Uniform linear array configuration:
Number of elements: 4
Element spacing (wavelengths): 0.75
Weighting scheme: kaiser
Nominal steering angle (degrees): -45
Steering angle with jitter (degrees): -44.985
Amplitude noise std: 0.05
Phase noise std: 0.05

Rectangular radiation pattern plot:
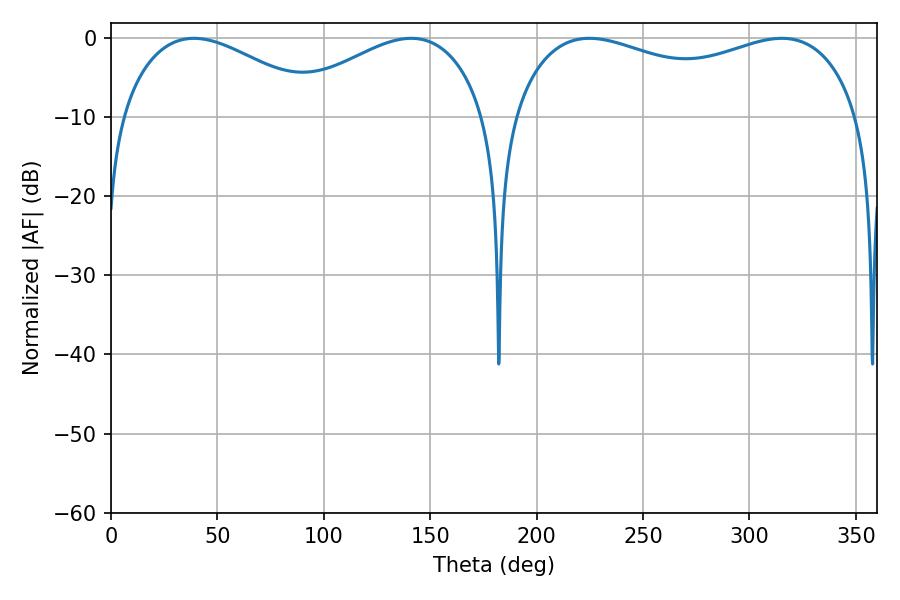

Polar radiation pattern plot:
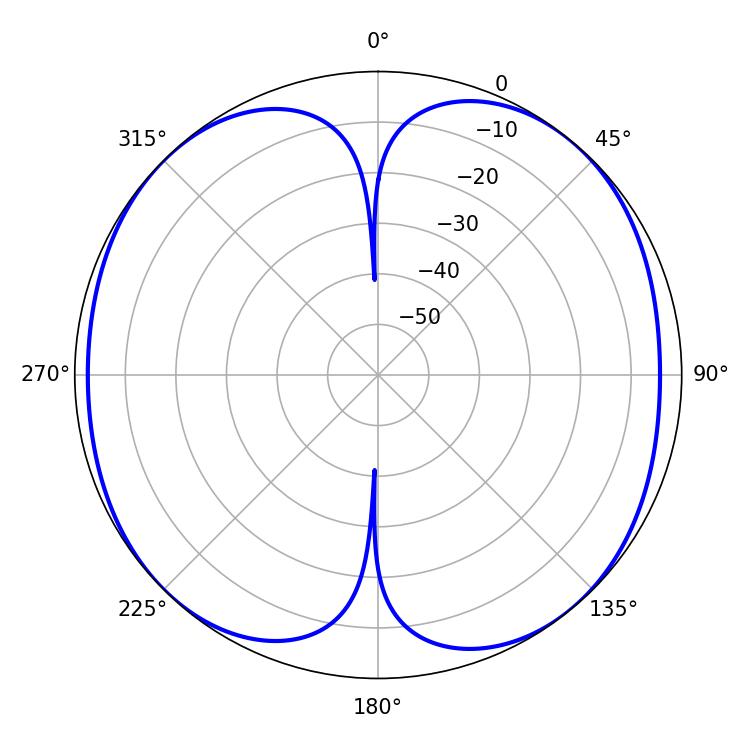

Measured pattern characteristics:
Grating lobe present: TRUE
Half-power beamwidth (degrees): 134.28
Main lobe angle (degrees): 224.82